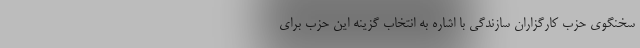
سخنگوی حزب کارگزاران سازندگی با اشاره به انتخاب گزینه این حزب برای